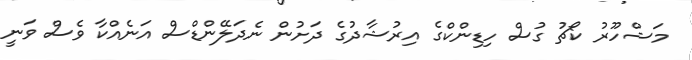
މަޝްހޫރު ކޯޗު ގުސް ހިޑިންކްގެ އިރުޝާދުގެ ދަށުން ނެދަލޭންޑްސް އަނެއްކާ ވެސް ވަނީ